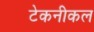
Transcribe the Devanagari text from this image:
टेकनीकल